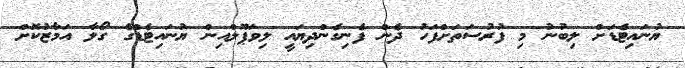
ޔުނައިޓެޑަށް ލިބުނު މި ފުރުސަތަށްފަހު ދެން ފެނިގެންދިޔައީ ލިވަޕޫލްއިން ޔުނައިޓެޑްގެ ގޯލާ އަމާޒުކޮށް